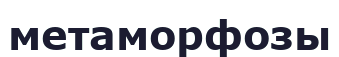
метаморфозы